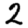
Digit: 2